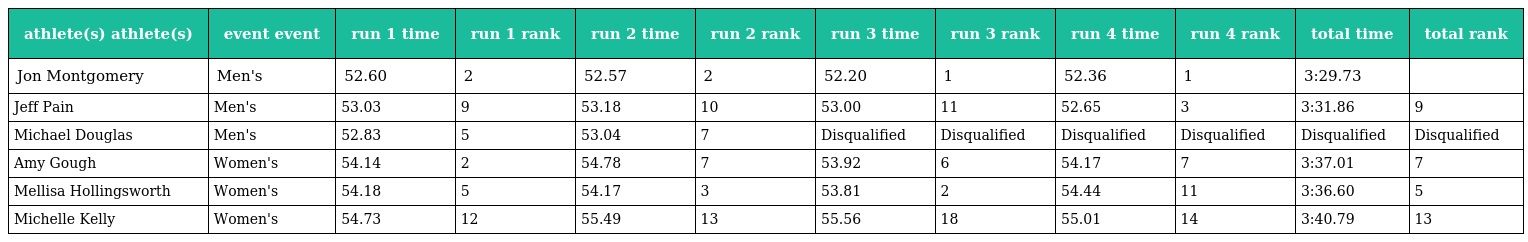
| athlete(s) athlete(s) | event event | run 1 time | run 1 rank | run 2 time | run 2 rank | run 3 time | run 3 rank | run 4 time | run 4 rank | total time | total rank |
 | --- | --- | --- | --- | --- | --- | --- | --- | --- | --- | --- | --- |
 | Jon Montgomery | Men's | 52.60 | 2 | 52.57 | 2 | 52.20 | 1 | 52.36 | 1 | 3:29.73 |  |
 | Jeff Pain | Men's | 53.03 | 9 | 53.18 | 10 | 53.00 | 11 | 52.65 | 3 | 3:31.86 | 9 |
 | Michael Douglas | Men's | 52.83 | 5 | 53.04 | 7 | Disqualified | Disqualified | Disqualified | Disqualified | Disqualified | Disqualified |
 | Amy Gough | Women's | 54.14 | 2 | 54.78 | 7 | 53.92 | 6 | 54.17 | 7 | 3:37.01 | 7 |
 | Mellisa Hollingsworth | Women's | 54.18 | 5 | 54.17 | 3 | 53.81 | 2 | 54.44 | 11 | 3:36.60 | 5 |
 | Michelle Kelly | Women's | 54.73 | 12 | 55.49 | 13 | 55.56 | 18 | 55.01 | 14 | 3:40.79 | 13 |